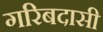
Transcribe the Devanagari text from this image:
गरिबदासी